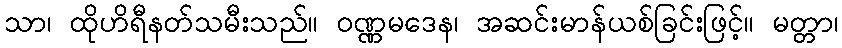
သာ၊ ထိုဟိရီနတ်သမီးသည်။ ဝဏ္ဏမဒေန၊ အဆင်းမာန်ယစ်ခြင်းဖြင့်။ မတ္တာ၊